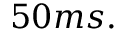
5 0 m s .